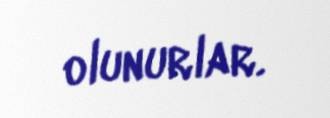
olunurlar.